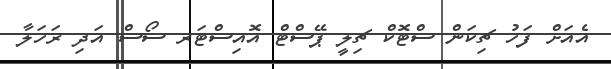
އެއަށް ފަހު ޗިކަން ސްޓޮކް ޗިލީ ޕޭސްޓް އޮއިސްޓަރ ސޯސް އަދި ރަހަލާ